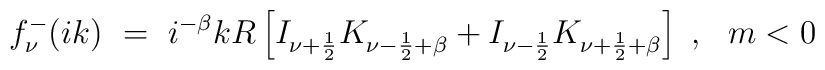
f_{\nu}^-(ik)\ =\ i^{-\beta} kR \left[I_{\nu+\frac 12} K_{\nu-\frac 12 +\beta}+I_{\nu-\frac 12}K_{\nu+\frac 12 + \beta}\right]\ ,\ \ m<0